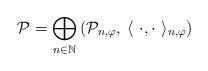
LaTeX: \begin{align*}\mathcal{P}=\bigoplus_{n\in\mathbb{N}}\left(\mathcal{P}_{n,\varphi},\:\langle\ \cdot,\cdot \ \rangle_{n,\varphi}\right)\end{align*}